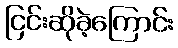
ငြင်းဆိုခဲ့ကြောင်း